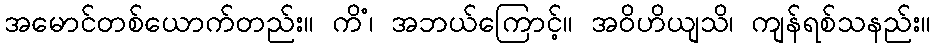
အမောင်တစ်ယောက်တည်း။ ကိံ၊ အဘယ်ကြောင့်။ အဝိဟိယျသိ၊ ကျန်ရစ်သနည်း။